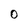
Character: 0